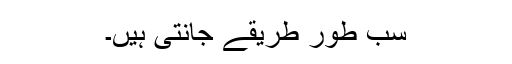
سب طور طریقے جانتی ہیں۔